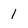
Character: 1